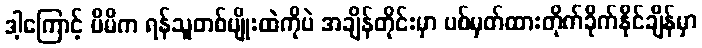
ဒါ့ကြောင့် မိမိက ရန်သူတစ်မျိုးထဲကိုပဲ အချိန်တိုင်းမှာ ပစ်မှတ်ထားတိုက်ခိုက်နိုင်ချိန်မှာ